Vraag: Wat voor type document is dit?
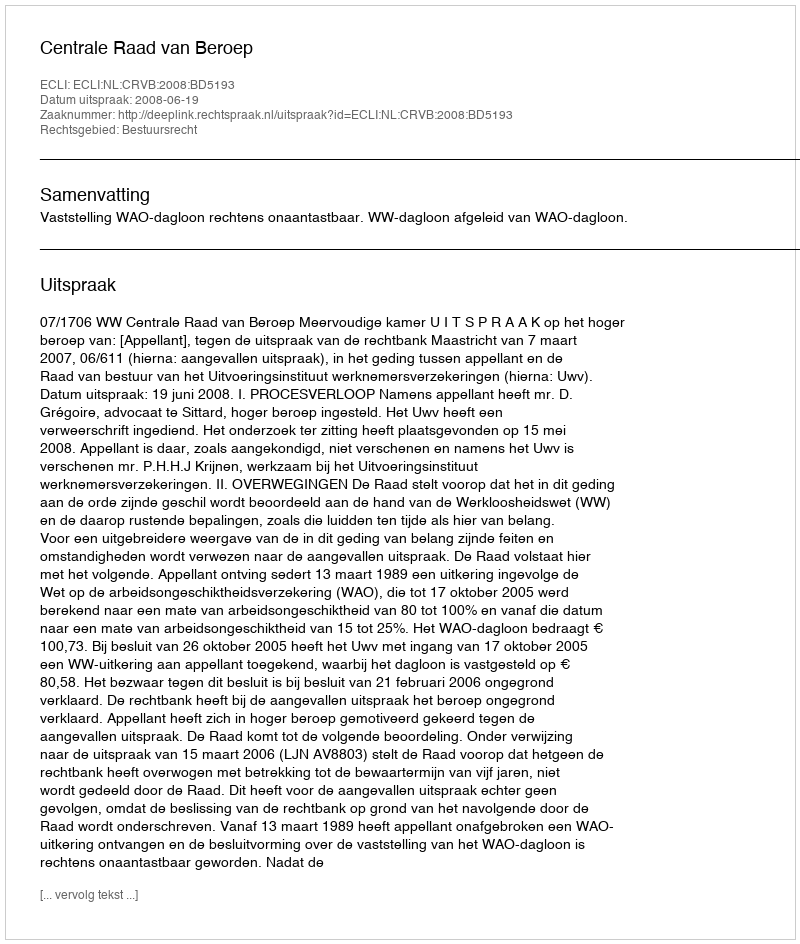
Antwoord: Uitspraak